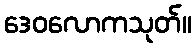
ဒေဝလောကသုတ်။